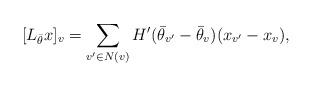
LaTeX: \begin{align*} [L_{\bar{\theta}}x]_v = \sum_{v' \in N(v)} H'(\bar{\theta}_{v'} - \bar{\theta}_{v})(x_{v'} - x_v),\end{align*}